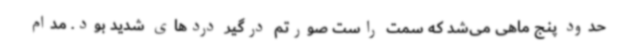
حدود پنج ماهی می‌شد که سمت راست صورتم درگیر دردهای شدید بود. مدام